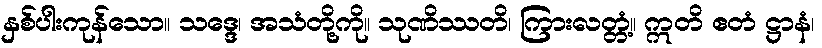
နှစ်ပါးကုန်သော။ သဒ္ဒေ၊ အသံတို့ကို။ သုဏိဿတိ၊ ကြားလတ္တံ့။ ဣတိ ဧတံ ဋ္ဌာနံ၊